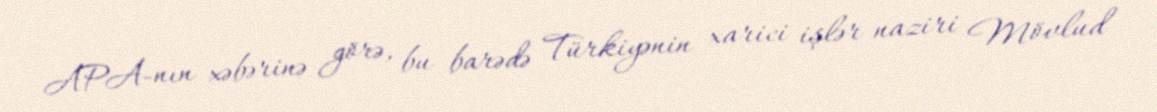
APA-nın xəbərinə görə, bu barədə Türkiyənin xarici işlər naziri Mövlud